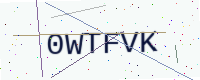
Text: 0WTFVK